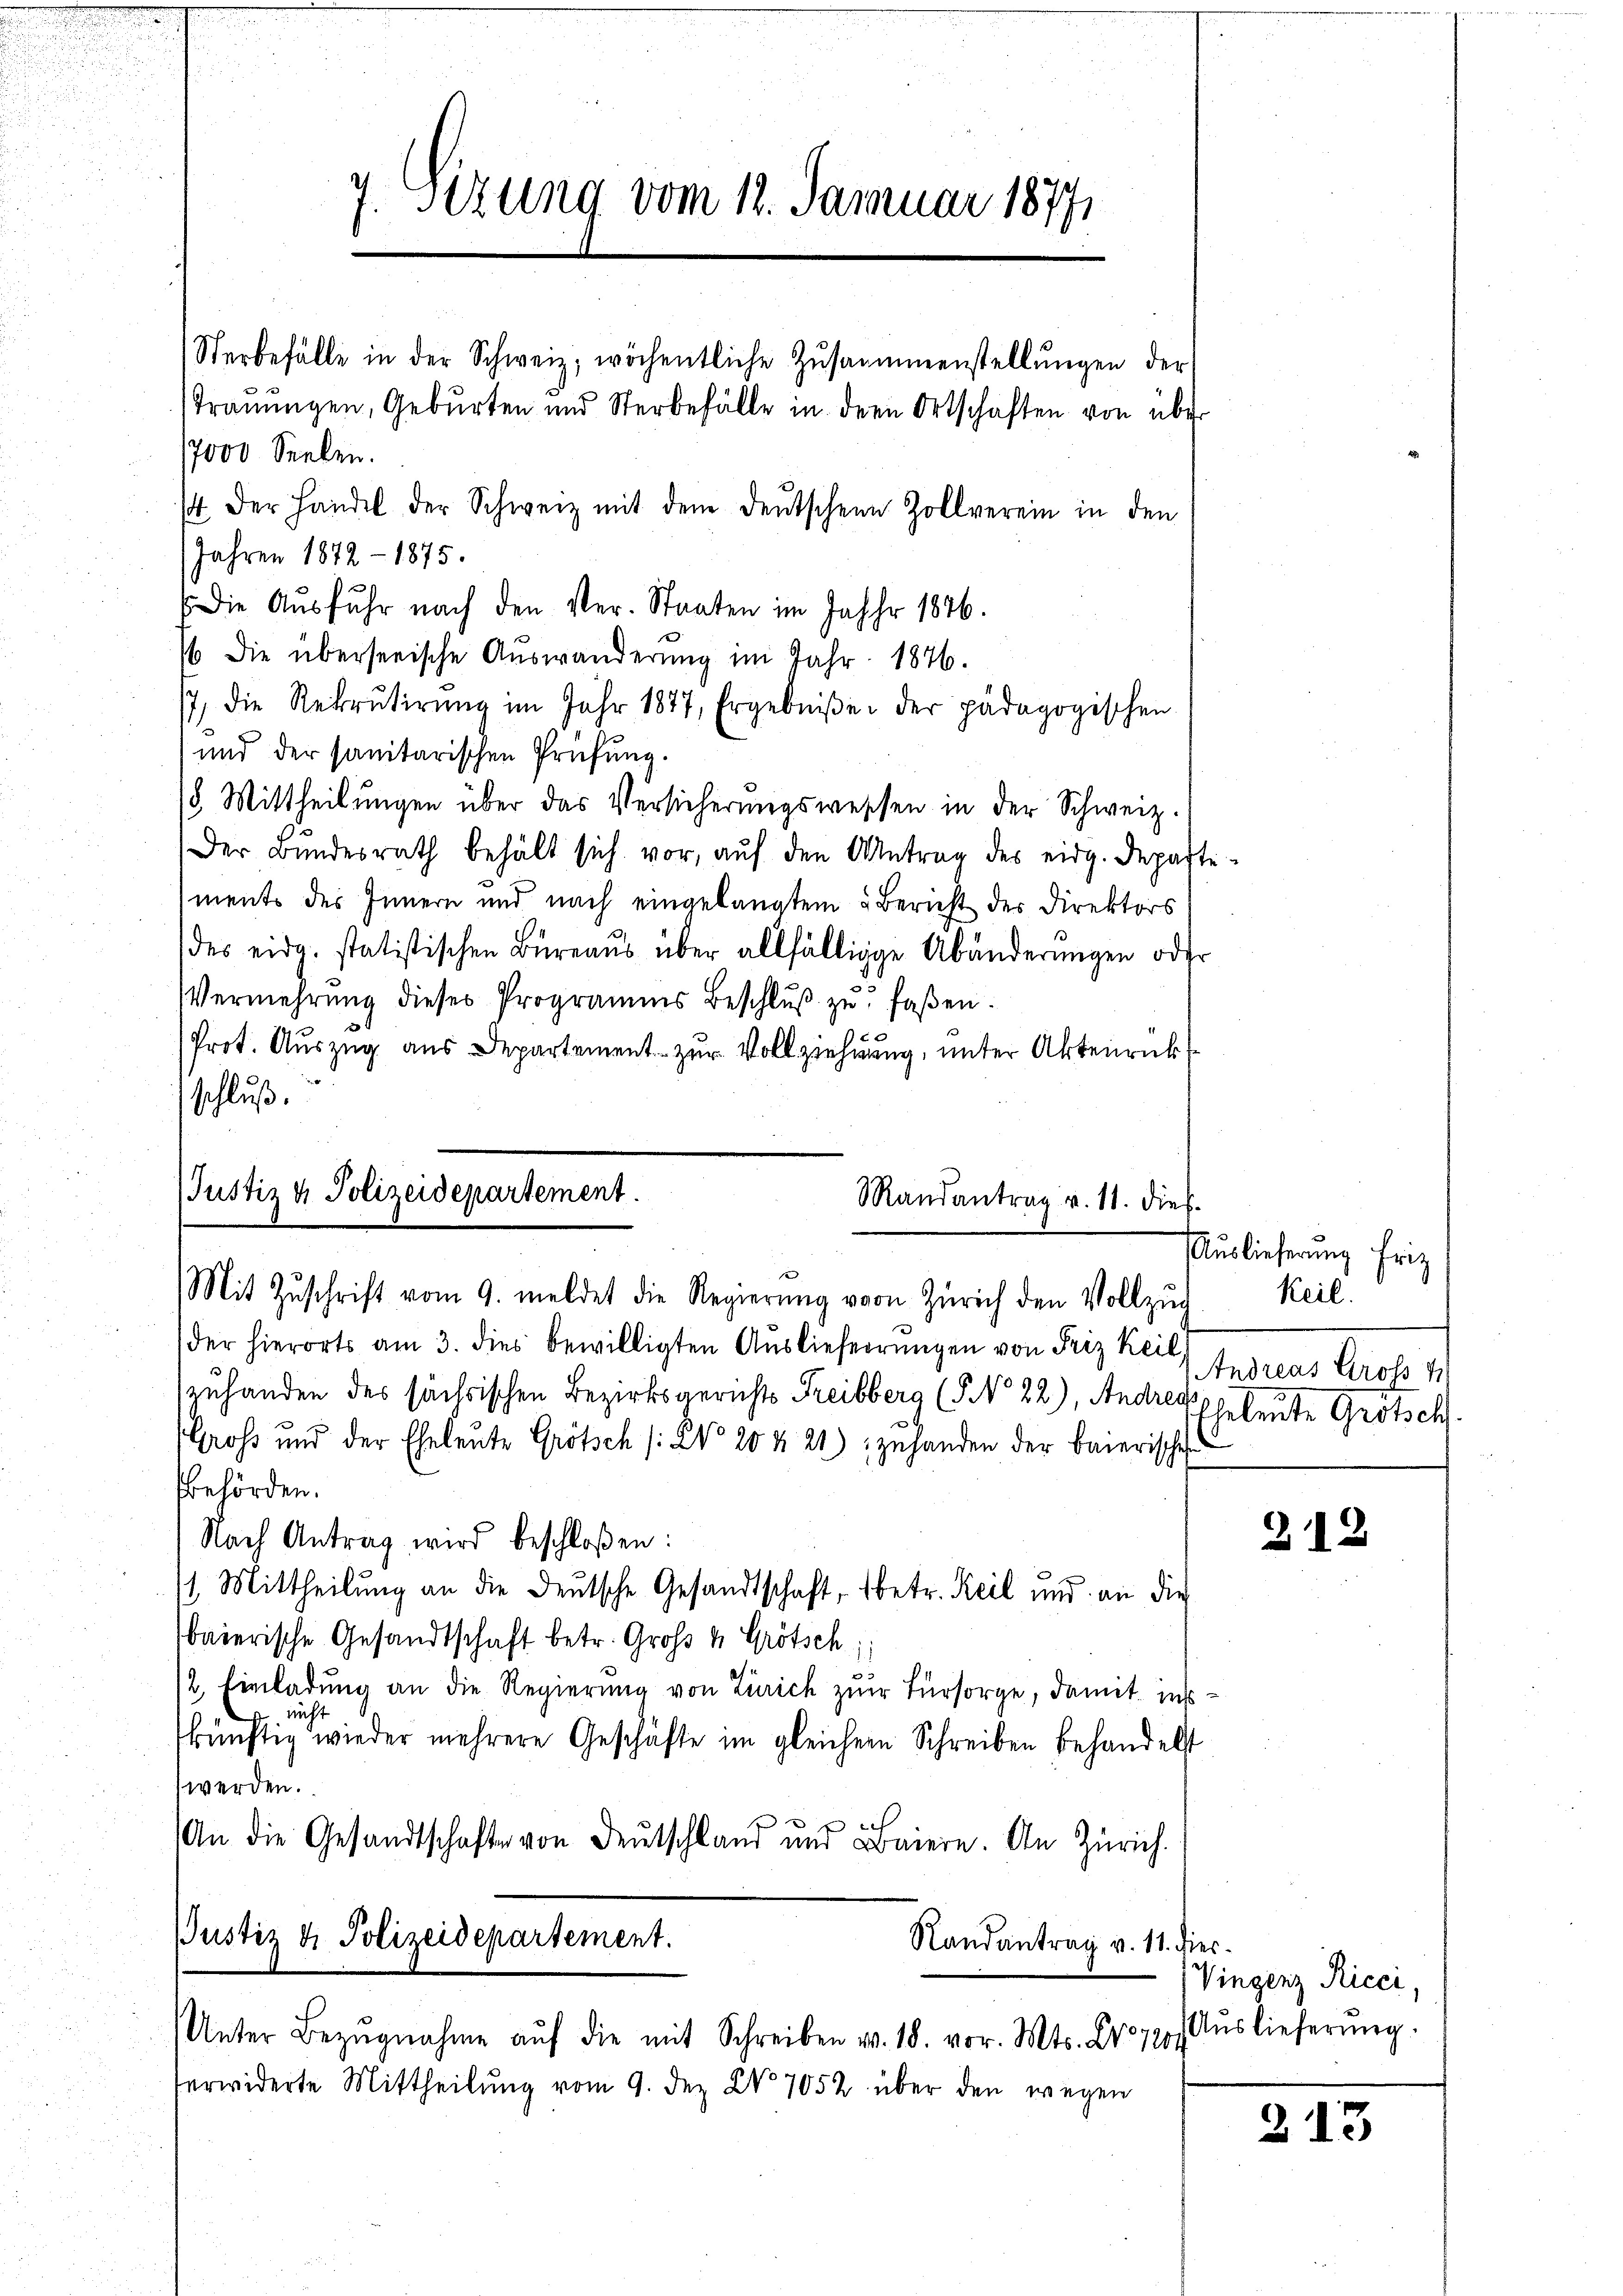
/4 der Handel der Schweiz mit dem deutschen Zollverein in den
Jahren 1872 - 1875.
Die Ausfuhr nach den Ver- Staaten im Jahr 1876.
16 die überseeische Auswanderung im Jahr 1876.
/7. die Rekrutirŭng im Jahr 1877, Ergebniße der pädagogischen
und der sanitarischen Prüfung.
18. Mittheilungen über das Versicherungswessen in der Schweiz.
Der Bŭndesrath behält sich vor, aŭf den Antrag des eidg. Departe-
ments des Innern und nach eingelangtem Bericht des Direktors
des eidg. statistischen Büreaŭs über allfällige Abänderungen oder
Vermehrŭng dieses Programms Beschlŭβ zŭ faβen.
Prot. Auszug aus Departement zur Vollziehung, unter Aktenrück
schluß.

Justiz & Polizeidepartement.
Mandantrag v. 11. dies
Mit Zŭschrift vom 9. meldet die Regierŭng von Zürich den Vollzŭg

7. Sizung vom 12. Januar 18771
Sterbefälle in der Schweiz, wöchentliche Zusammenstellŭngen der
Traŭŭngen, Gebŭrten und Sterbefälle in der Ortschaften von über
17000 Seelen.

der hierorts am 3. dies bewilligten Auslieferungen von Friz Keil
zuhanden des sächsischen Bezirksgerichts Freibberg (§ No 22), Andre Expeleute Grotsch.
Gross und der Eheleute Grötsch /: Wo 20 & 21) zuhanden der baierisches
Behörden.
Nach Antrag wird beschloßen:
/1. Mittheilung an die Deutsche Gesandtschaft, betr. Keil und an die
baierische Gesandtschaft betr. Groß 4 Grötsch
/2. Einladung an die Regierung von Zürich zur Fürsorge, damit insnicht
künftig wieder mehrere Geschäfte im gleichem Schreiben behandelt
werden.
An die Gesandtschafte von Deutschland und Baiere. An Zürich.
Justiz & Polizeidepartement.
Randantrag v. 11. dies
Unter Bezŭgnahme aŭf die mit Schreiben v. 18. vor. Mts. No 1204
ferwiderte Mittheilung vom 9. dez X. 7052 über den wegen

Auslieferung Friz
Keil.
Frateur d. d.

212

Vingerz Ricci,
Auslieferung.

213